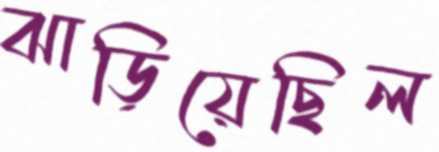
ঝাড়িয়েছিল